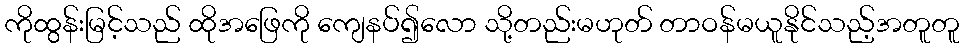
ကိုထွန်းမြင့်သည် ထိုအဖြေကို ကျေနပ်၍လော သို့တည်းမဟုတ် တာဝန်မယူနိုင်သည့်အတူတူ